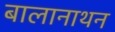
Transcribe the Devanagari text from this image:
बालानाथन